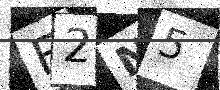
Text: F2N5